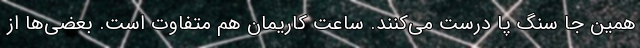
همین جا سنگ پا درست می‌کنند. ساعت کاریمان هم متفاوت است. بعضی‌ها از